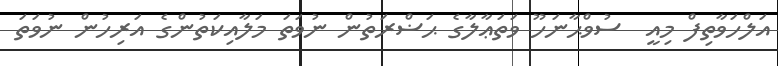
އަލްހަވާތިފް މިއީ  ސުވްޙާނަހޫ ވަތަޢާލާގެ ޙަޟްރަތުން ނުވަތަ މަލާއިކަތުންގެ އަރިހުން ނުވަތަ